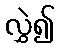
လွှဲ၍